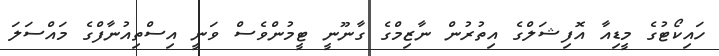
ހައިކޯޓުގެ މީޑިއާ އޮފިޝަލްގެ އިތުރުން ނާޒިމްގެ ގާނޫނީ ޓީމުންވެސް ވަނީ އިސްތިއުނާފްގެ މައްސަލަ